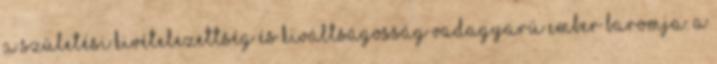
a születési kivételezettség és kiváltságosság vadagyarú ember baromja. A